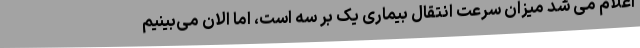
اعلام می شد میزان سرعت انتقال بیماری یک بر سه است، اما الان می‌بینیم